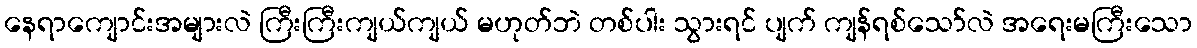
နေရာကျောင်းအများလဲ ကြီးကြီးကျယ်ကျယ် မဟုတ်ဘဲ တစ်ပါး သွားရင် ပျက် ကျန်ရစ်သော်လဲ အရေးမကြီးသော